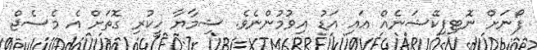
ފޯނަށް ނޮޓިފިކޭޝަނެއް އައި އަޑު އިވުމުންނެވެ. ޝިމާޔާ ހީކުރި ގޮތަށް އެ މެސެޖް